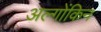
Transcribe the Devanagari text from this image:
अल्गोंकिन